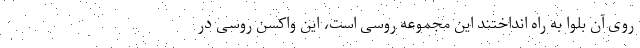
روی آن بلوا به راه انداختند این مجموعه روسی است، این واکسن روسی در